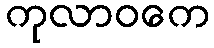
ကုလာဝကေ